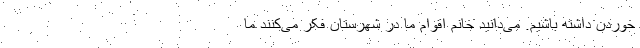
خوردن داشته باشیم. می‌دانید خانم اقوام ما در شهرستان فکر می‌کنند ما